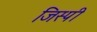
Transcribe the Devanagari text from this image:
जिस्पी